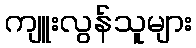
ကျူးလွန်သူများ